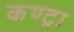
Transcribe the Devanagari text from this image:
कण्ट्रा